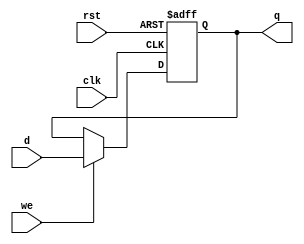
// This program was cloned from: https://github.com/RomeoMe5/DDLM
// License: MIT License



module register_we
#(
    parameter SIZE = 32
)
(
    input                       clk,
    input                       rst,
    input                       we,
    input      [ SIZE - 1 : 0 ] d,
    output reg [ SIZE - 1 : 0 ] q
);
    always @ (posedge clk or negedge rst)
        if(~rst)
            q <= { SIZE { 1'b0}};
        else
            if(we) q <= d;
endmodule